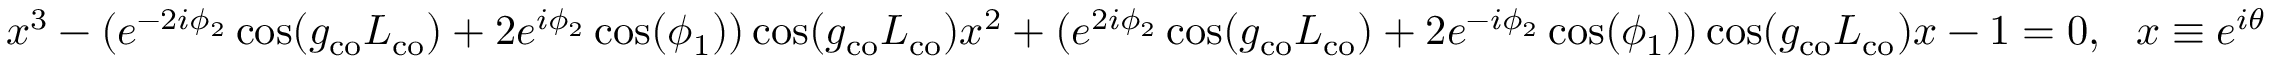
x ^ { 3 } - ( e ^ { - 2 i \phi _ { 2 } } \cos ( g _ { \mathrm { c o } } L _ { \mathrm { c o } } ) + 2 e ^ { i \phi _ { 2 } } \cos ( \phi _ { 1 } ) ) \cos ( g _ { \mathrm { c o } } L _ { \mathrm { c o } } ) x ^ { 2 } + ( e ^ { 2 i \phi _ { 2 } } \cos ( g _ { \mathrm { c o } } L _ { \mathrm { c o } } ) + 2 e ^ { - i \phi _ { 2 } } \cos ( \phi _ { 1 } ) ) \cos ( g _ { \mathrm { c o } } L _ { \mathrm { c o } } ) x - 1 = 0 , \ \ x \equiv e ^ { i \theta }